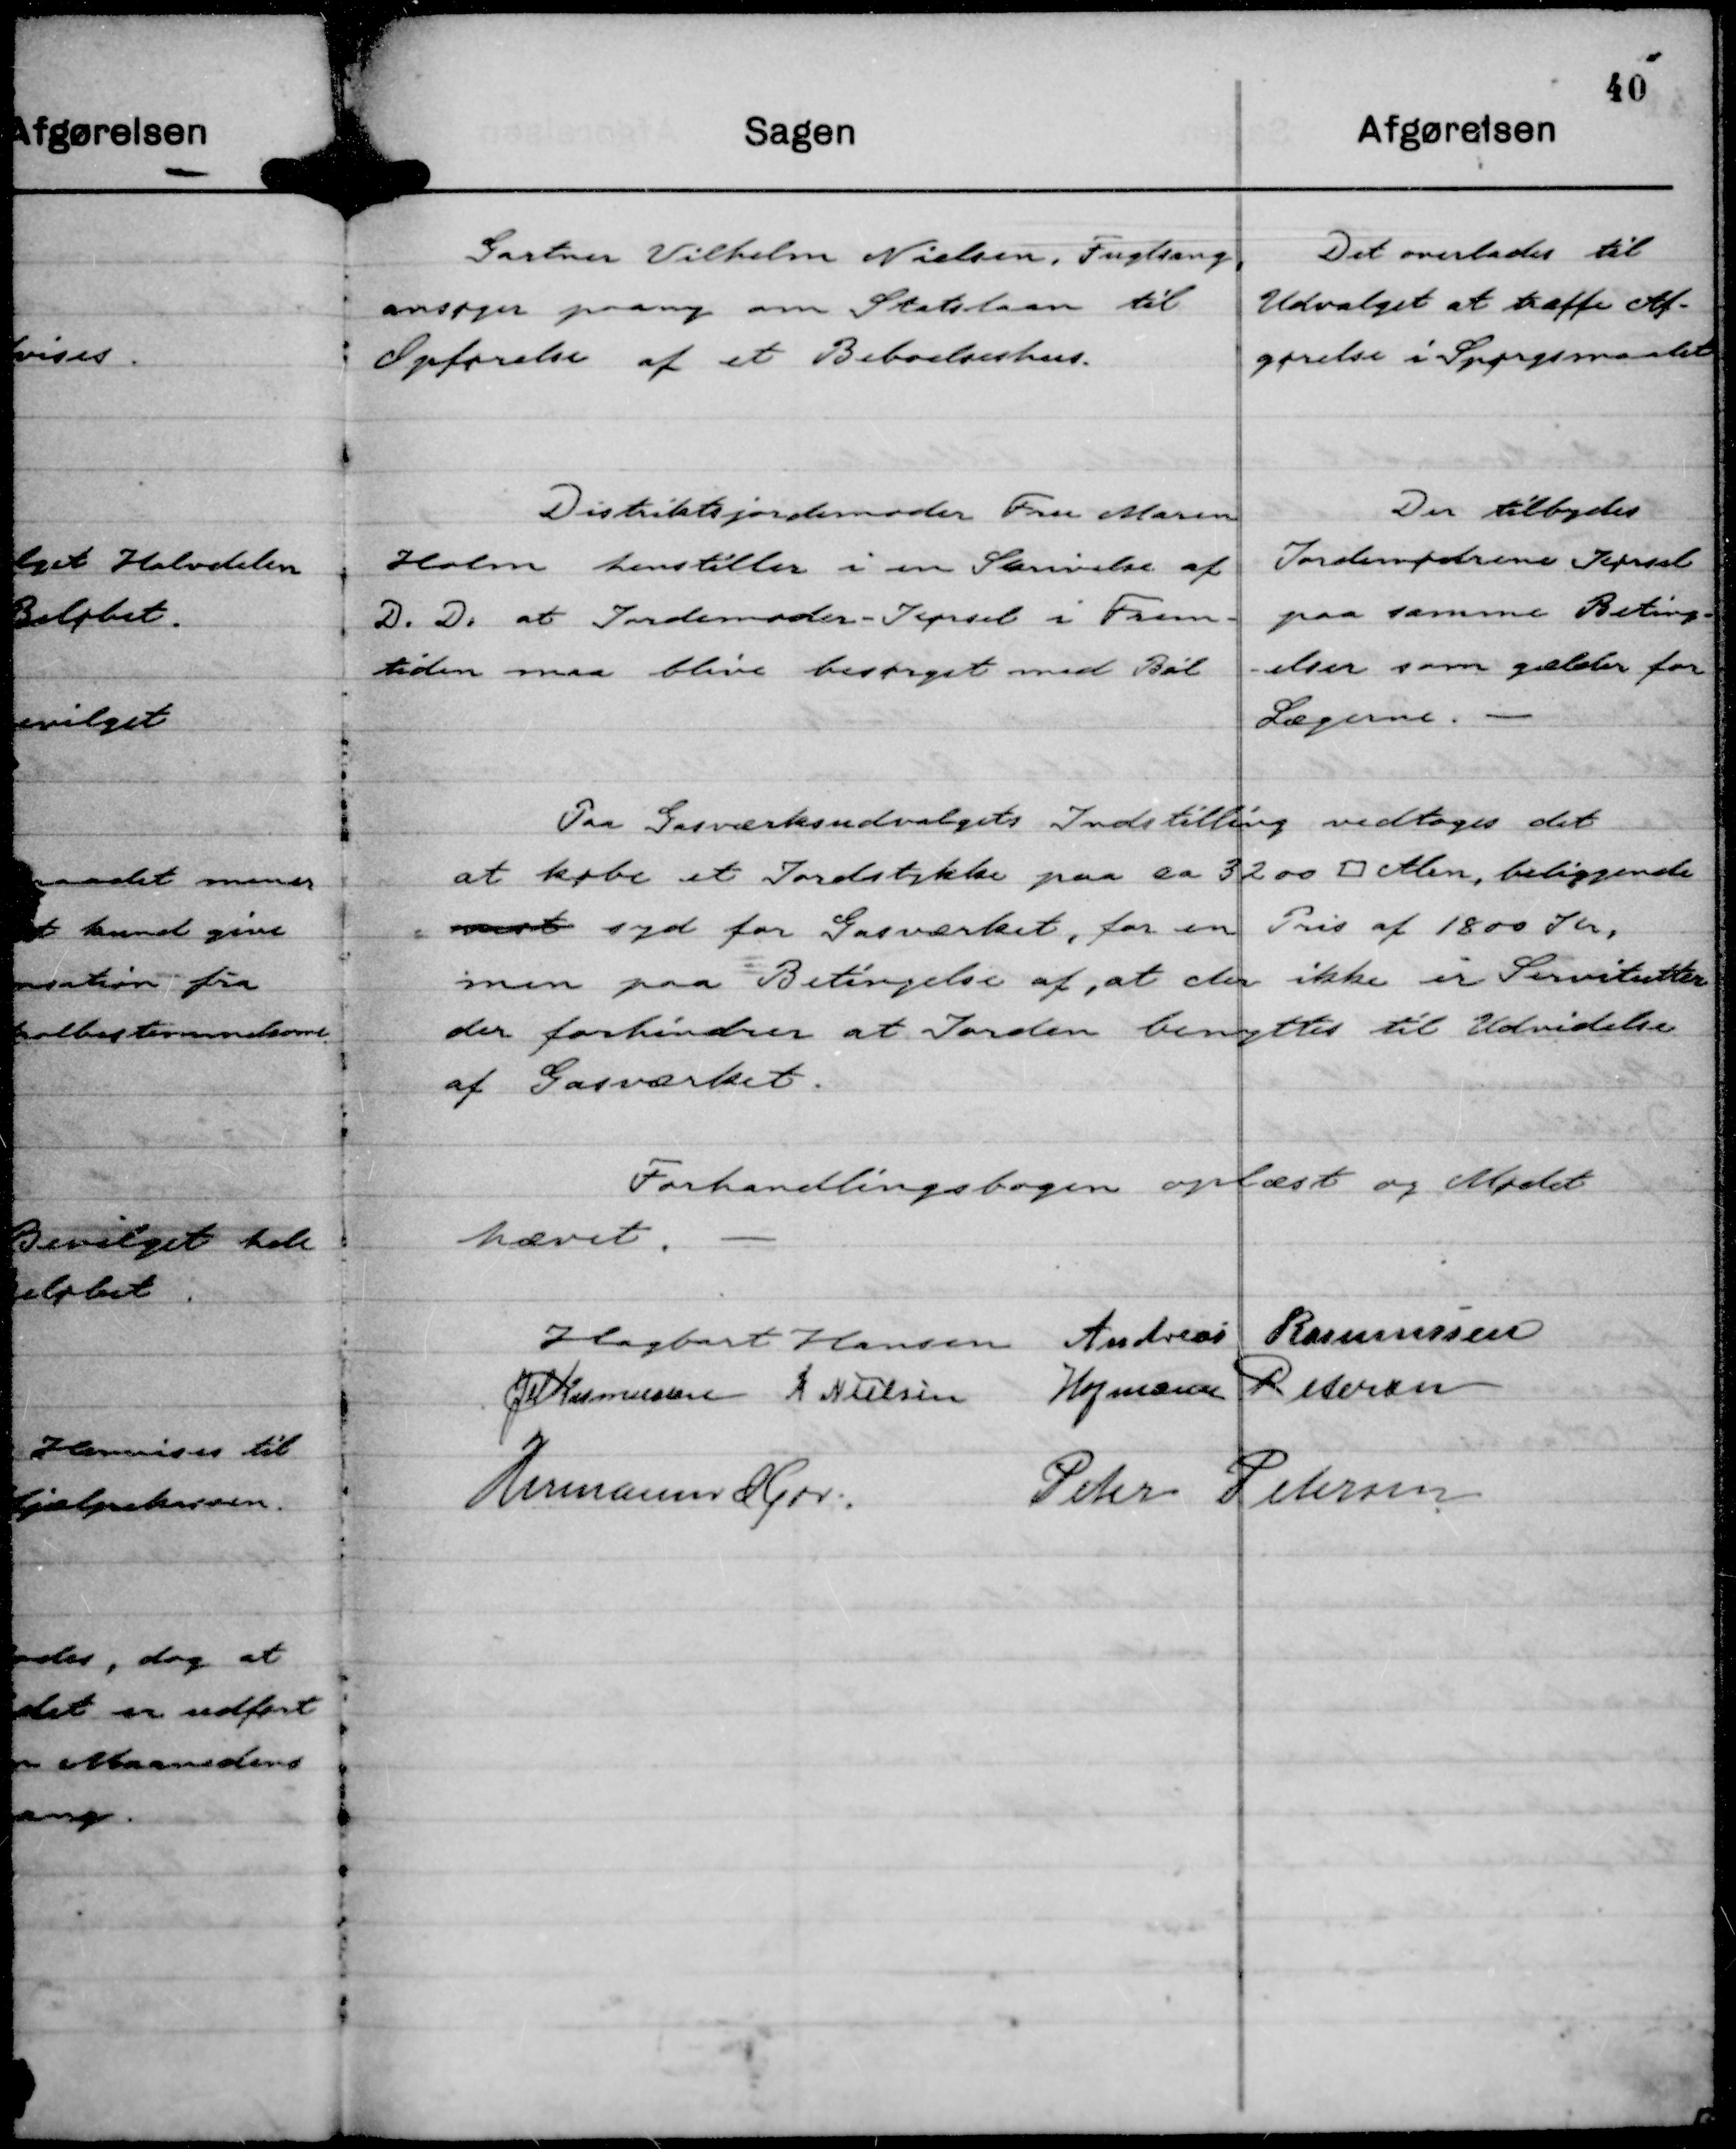
Transskription:
Gartner Vilhelm Nielsen, Fuglsang,
ansøger paany om Statslaan til
Opførelse af et Beboelseshus.

Det overlades til
Udvalget at træffe Af-
gørelse i Spørgsmaalet

Distriksjordemoder Fru Maren
Holm henstiller i en Skrivelse af
D. D. at Jordemoder - Kørsel i Frem-
tiden maa blive besørget med Bil

Der tilbydes
Jordemødrene Kørsel
paa samme Beting-
- elser som gælder for
Lægerne.

Paa Gasværksudvalgets Indstilling vedtoges det
at købe et Jordstykke paa ca 3200 □ Alen, beliggende
mod syd for Gasværket, for en Pris af 1800 Kr,
men paa Betingelse af, at der ikke er Servitutter
der forhindrer at Jorden benyttes til Udvidelse
af Gasværket.

Forhandlingsbogen oplæst og Mødet
hævet.
Hagbart Hansen
Andreas Rasmussen
JM Rasmussen
K Nielsen
Hofmann Petersen
Hermann Kjær
Peter Petersen